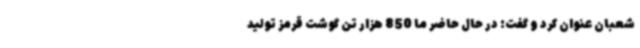
شعبان عنوان کرد و گفت: در حال حاضر ما 850 هزار تن گوشت قرمز تولید